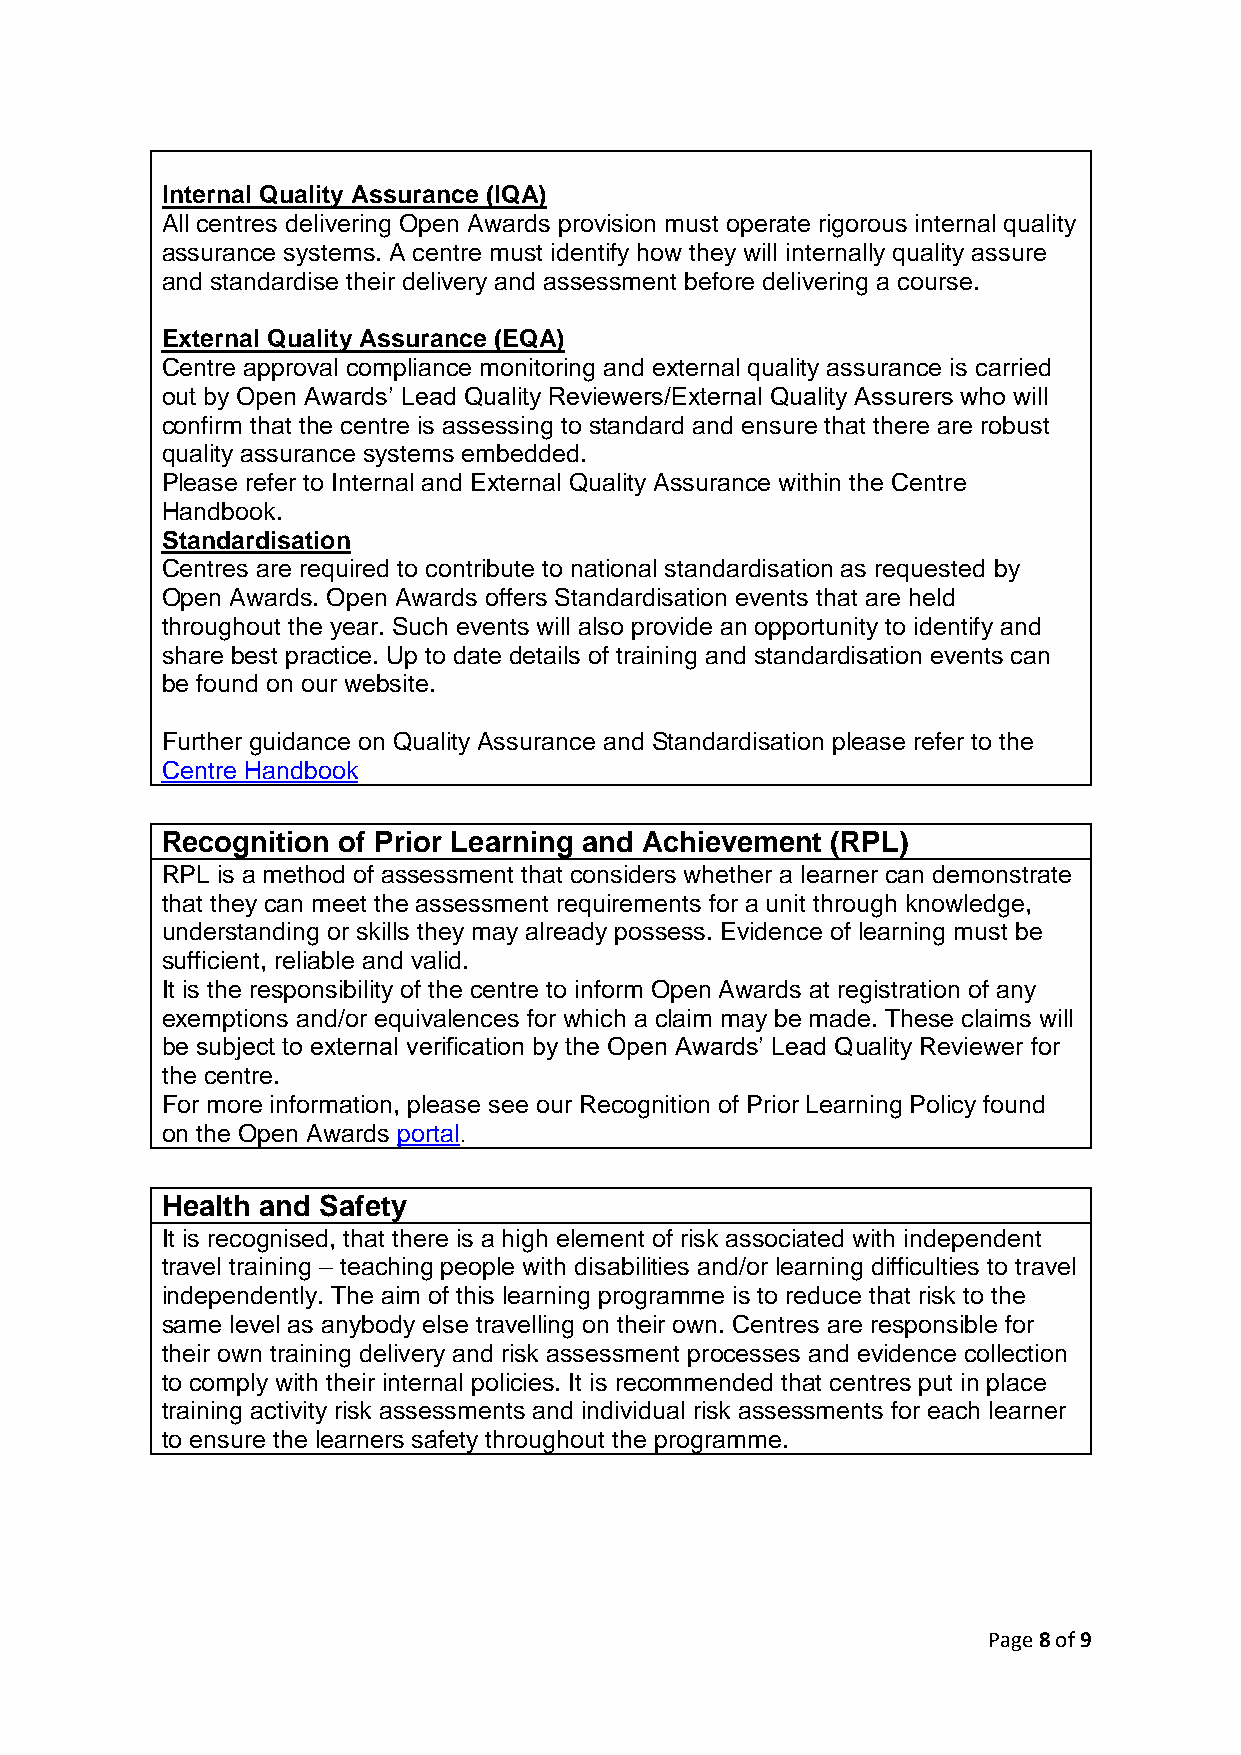
Internal Quality Assurance (IQA)
 All centres delivering Open Awards provision must operate rigorous internal quality
 assurance systems. A centre must identify how they will internally quality assure
 and standardise their delivery and assessment before delivering a course.
 External Quality Assurance (EQA)
 Centre approval compliance monitoring and external quality assurance is carried
 out by Open Awards’ Lead Quality Reviewers/External Quality Assurers who will
 confirm that the centre is assessing to standard and ensure that there are robust
 quality assurance systems embedded.
 Please refer to Internal and External Quality Assurance within the Centre
 Handbook.
 Standardisation
 Centres are required to contribute to national standardisation as requested by
 Open Awards. Open Awards offers Standardisation events that are held
 throughout the year. Such events will also provide an opportunity to identify and
 share best practice. Up to date details of training and standardisation events can
 be found on our website.
 Further guidance on Quality Assurance and Standardisation please refer to the
 Centre Handbook
 Recognition of Prior Learning and Achievement (RPL)
 RPL is a method of assessment that considers whether a learner can demonstrate
 that they can meet the assessment requirements for a unit through knowledge,
 understanding or skills they may already possess. Evidence of learning must be
 sufficient, reliable and valid.
 It is the responsibility of the centre to inform Open Awards at registration of any
 exemptions and/or equivalences for which a claim may be made. These claims will
 be subject to external verification by the Open Awards’ Lead Quality Reviewer for
 the centre.
 For more information, please see our Recognition of Prior Learning Policy found
 on the Open Awards portal.
 Health and Safety
 It is recognised, that there is a high element of risk associated with independent
 travel training – teaching people with disabilities and/or learning difficulties to travel
 independently. The aim of this learning programme is to reduce that risk to the
 same level as anybody else travelling on their own. Centres are responsible for
 their own training delivery and risk assessment processes and evidence collection
 to comply with their internal policies. It is recommended that centres put in place
 training activity risk assessments and individual risk assessments for each learner
 to ensure the learners safety throughout the programme.
 Page 8 of 9